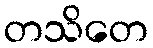
တသိတေ